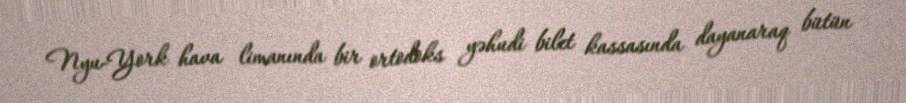
Nyu-York hava limanında bir ortodoks yəhudi bilet kassasında dayanaraq bütün